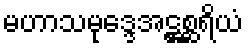
မဟာသမုဒ္ဒေအဋ္ဌစ္ဆရိယံ